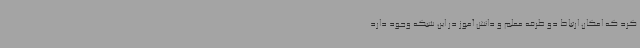
کرد که امکان ارتباط دو طرفه معلم و دانش آموز در این شبکه وجود دارد